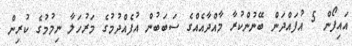
އައިފޯން 5 އުފައްދަން ބޭނުންކުރާ މާއްދާއެއްގެ ސަބަބުން އުފެއްދުމުގެ މަރުހަލާ ނިމުމުގެ ކުރިން